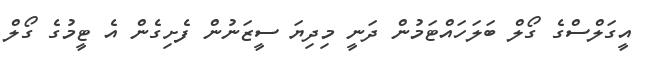
އީގަލްސްގެ ގޯލް ބަލަހައްޓަމުން ދަނީ މިދިޔަ ސީޒަނުން ފެށިގެން އެ ޓީމުގެ ގޯލް